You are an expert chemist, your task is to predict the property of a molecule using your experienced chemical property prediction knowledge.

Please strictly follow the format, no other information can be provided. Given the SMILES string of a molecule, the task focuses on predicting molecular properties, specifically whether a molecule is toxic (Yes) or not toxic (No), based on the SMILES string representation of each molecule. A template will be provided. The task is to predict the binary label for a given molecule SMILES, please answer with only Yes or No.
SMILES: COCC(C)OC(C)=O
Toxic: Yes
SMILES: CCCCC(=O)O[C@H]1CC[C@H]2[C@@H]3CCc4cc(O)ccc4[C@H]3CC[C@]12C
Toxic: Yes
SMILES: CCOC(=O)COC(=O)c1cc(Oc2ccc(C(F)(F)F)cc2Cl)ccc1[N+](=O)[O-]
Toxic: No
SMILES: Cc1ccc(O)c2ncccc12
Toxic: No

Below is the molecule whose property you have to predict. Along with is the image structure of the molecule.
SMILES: O=c1cc(CO)occ1O
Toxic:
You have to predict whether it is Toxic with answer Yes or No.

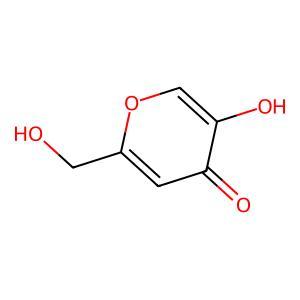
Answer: No